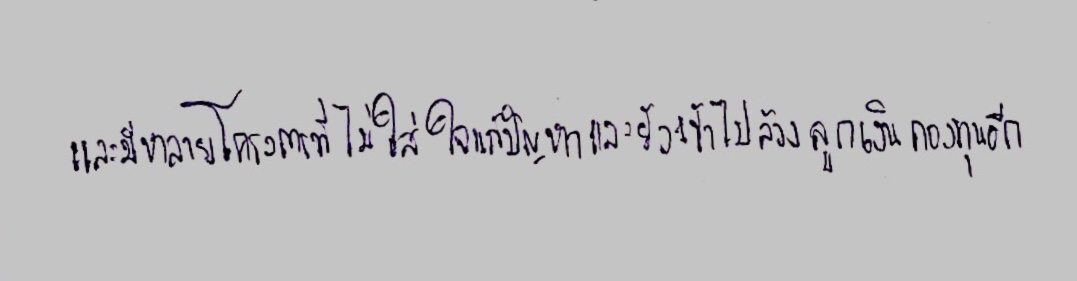
และมีหลายโครงการที่ไม่ใส่ใจแก้ปัญหาและยังเข้าไปล้วงลูกเงินกองทุนอีก